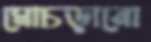
মোচড়ানো